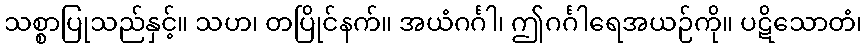
သစ္စာပြုသည်နှင့်။ သဟ၊ တပြိုင်နက်။ အယံဂင်္ဂါ၊ ဤဂင်္ဂါရေအယဉ်ကို။ ပဋိသောတံ၊